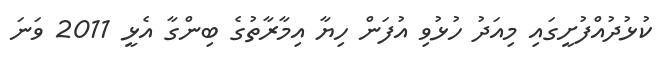
ކުޅުދުއްފުށީގައި މިއަދު ހުޅުވި އުފަން ހިޔާ އިމާރާތުގެ ބިންގާ އެޅީ 2011 ވަނަ